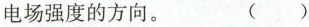
电场强度的方向。 ()